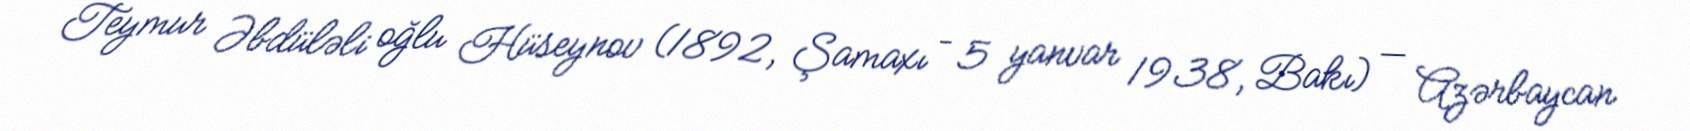
Teymur Əbdüləli oğlu Hüseynov (1892, Şamaxı – 5 yanvar 1938, Bakı) — Azərbaycan